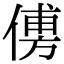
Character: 𠌽